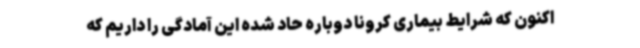
اکنون که شرایط بیماری کرونا دوباره حاد شده این آمادگی را داریم که